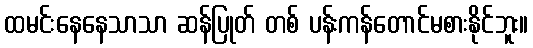
ထမင်းနေနေသာသာ ဆန်ပြုတ် တစ် ပန်းကန်တောင်မစားနိုင်ဘူး။